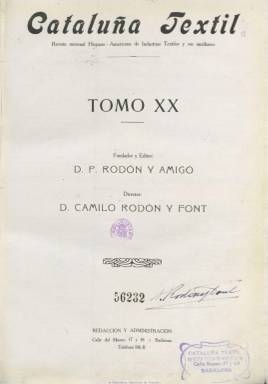
Título: Cataluña textil
Colección: Industria
Ámbito geográfico: Barcelona
Lugar de publicación: Badalona [Barcelona]
Fechas: 01/01/1926-31/12/1926

Comienza a publicarse en Badalona en 1906 con el subtítulo “revista mensual hispano-americana de industrias textiles y sus auxiliares”, estando considerada como la primera especializada en su género en España. Su fundador, editor y primer director es Pablo Rodón y Amigo (1870-1950), que más tarde situará a su hijo, Camilo Rodón y Font (1893-1971) en la dirección de la revista. Ambos serán técnicos textiles, habiendo estudiado el primero en la Escuela de Artes y Oficios de Barcelona, organizado en 1907 la Escuela de Tejidos de Badalona y ser profesor de su materia en diferentes instituciones docentes catalanas. Rodón y Amigo, que ha sido considerado como un “modernista de la vanguardia”, según Monteserrat Bargalló (2006), es, además, autor de una copiosa cantidad de libros sobre el sector textil y llegó a poseer una de las bibliotecas –y archivos- de su especialidad más completas del mundo, depositada en el Museo de Badalona.

La Biblioteca Nacional de España sólo dispone de las doce entregas mensuales correspondientes al año 1926, pero la colección completa de esta publicación la constituyen 31 tomos, desde 1906 a 1937. En 1926, cada número es, generalmente, de 24 páginas, que alcanza las 28 cuando inserta un suplemento bajo el título La industria de la cintería, de la pasamanería y de la encajería. Sus textos están profusamente ilustrados con dibujos, figuras, fotografías, muestras de tejidos y figurines, alguno de ellos estampados a dos tintas.

Contiene artículos sobre fibras textiles (algodón, lana, seda, pana, etc.), hilaturas, nuevas materias, maquinaria, aparatos y aplicaciones mecánicas, fabricación, confección, labores manuales, química y tintura, hilaturas, tisaje, aprestos, moda, novedades extranjeras y cuantos asuntos están relacionados con las industrias y manufacturas textiles, así como biografías y una sección de bibliografía. En el último número de cada año inserta índices de materias y de autores.

[Descripción modificada el 14/05/2021]